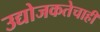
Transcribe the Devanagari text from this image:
उद्योजकतेचाही